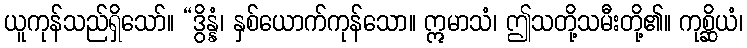
ယူကုန်သည်ရှိသော်။ “ဒွိန္နံ၊ နှစ်ယောက်ကုန်သော။ ဣမာသံ၊ ဤသတို့သမီးတို့၏။ ကုစ္ဆိယံ၊